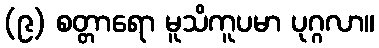
(၉) စတ္တာရော မူသိကူပမာ ပုဂ္ဂလာ။